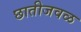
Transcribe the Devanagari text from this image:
छातीजवळ